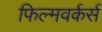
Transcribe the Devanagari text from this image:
फिल्मवर्कर्स